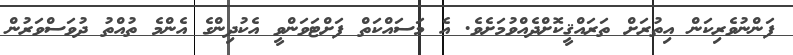
ފަންނުވެރިކަން އިތުރަށް ތަރައްޤީކޮށްދެއްވުމަށެވެ. އެ މަސައްކަތް ފަށްޓަވަންވީ އެކުދިންގެ އެންމެ ތުއްތު ދުވަސްވަރުން